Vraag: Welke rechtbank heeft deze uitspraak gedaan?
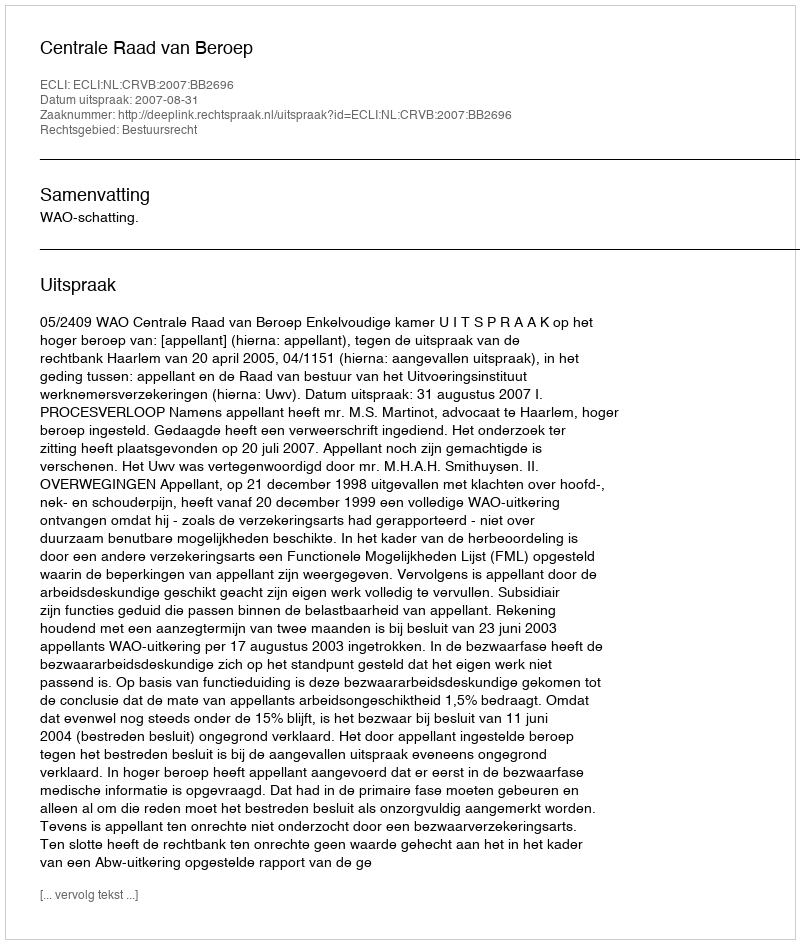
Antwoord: Centrale Raad van Beroep